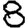
Digit: 8